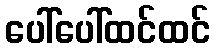
ပေါ်ပေါ်ထင်ထင်